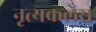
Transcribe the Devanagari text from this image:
नृत्यकलेस